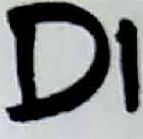
Text: D1